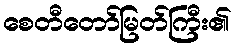
စေတီတော်မြတ်ကြီး၏